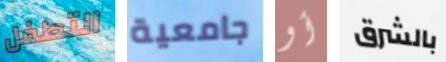
التطفل جامعية أو بالشرق